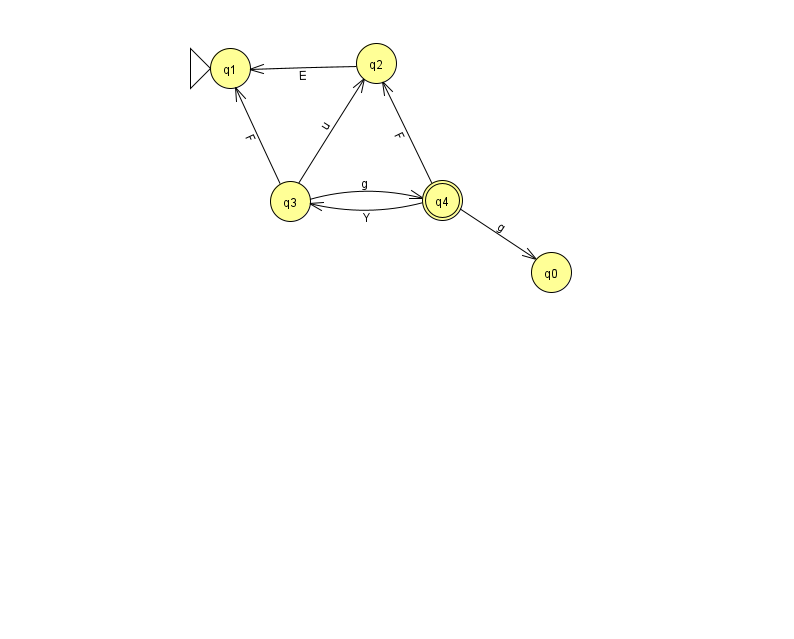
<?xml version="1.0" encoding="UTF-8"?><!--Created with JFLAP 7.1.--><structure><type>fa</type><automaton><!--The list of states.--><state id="0" name="q0"><x>551.0</x><y>259.0</y></state><state id="1" name="q1"><x>230.0</x><y>55.0</y><initial/></state><state id="2" name="q2"><x>376.0</x><y>50.0</y></state><state id="3" name="q3"><x>290.0</x><y>188.0</y></state><state id="4" name="q4"><x>442.0</x><y>187.0</y><final/></state><!--The list of transitions.--><transition><from>2</from><to>1</to><read>E</read></transition><transition><from>4</from><to>0</to><read>g</read></transition><transition><from>4</from><to>3</to><read>Y</read></transition><transition><from>4</from><to>2</to><read>F</read></transition><transition><from>3</from><to>1</to><read>F</read></transition><transition><from>3</from><to>2</to><read>u</read></transition><transition><from>3</from><to>4</to><read>g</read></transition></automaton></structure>